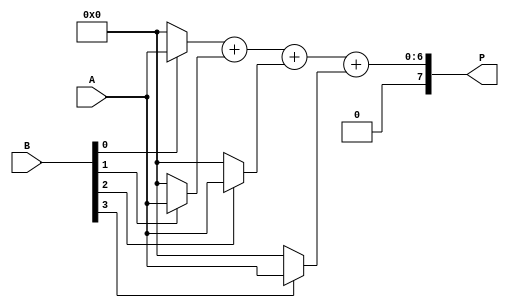
module array_multiplier #(parameter m = 4, n = 4) (
    input  [m-1:0] A,  // m-bit input A
    input  [n-1:0] B,  // n-bit input B
    output [m+n-1:0] P // (m+n)-bit output P
);

    // Partial products array
    wire [m-1:0] pp [0:n-1]; // Partial products (n rows of m bits)
    
    // Generate partial products
    genvar i, j;
    generate
        for (i = 0; i < n; i = i + 1) begin : partial_product_gen
            assign pp[i] = (B[i] == 1'b1) ? A : {m{1'b0}}; // Generate partial product
        end
    endgenerate

    // Sum the partial products
    wire [m+n-1:0] sum [0:n-1]; // Sum array for intermediate results
    wire [m+n-1:0] carry; // Carry for addition
    assign sum[0] = { {n{1'b0}}, pp[0] }; // Initialize first sum with first partial product

    // Perform column-wise addition of partial products
    generate
        for (i = 1; i < n; i = i + 1) begin : adder
            assign sum[i] = sum[i-1] + { {i{1'b0}}, pp[i] }; // Shift and add
        end
    endgenerate

    // Final product is the last sum
    assign P = sum[n-1];

endmodule